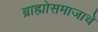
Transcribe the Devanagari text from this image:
ब्राह्मोसमाजाचे